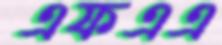
এফএএ